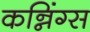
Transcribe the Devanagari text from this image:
कन्निंग्स